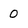
Character: 0